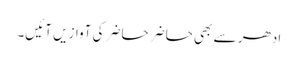
ادھر سے بھی حاضر حاضر کی آوازیں آئیں۔